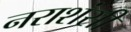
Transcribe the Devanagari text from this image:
नराशंसी